Suure-Kopu_vallavalitsus, lk 19
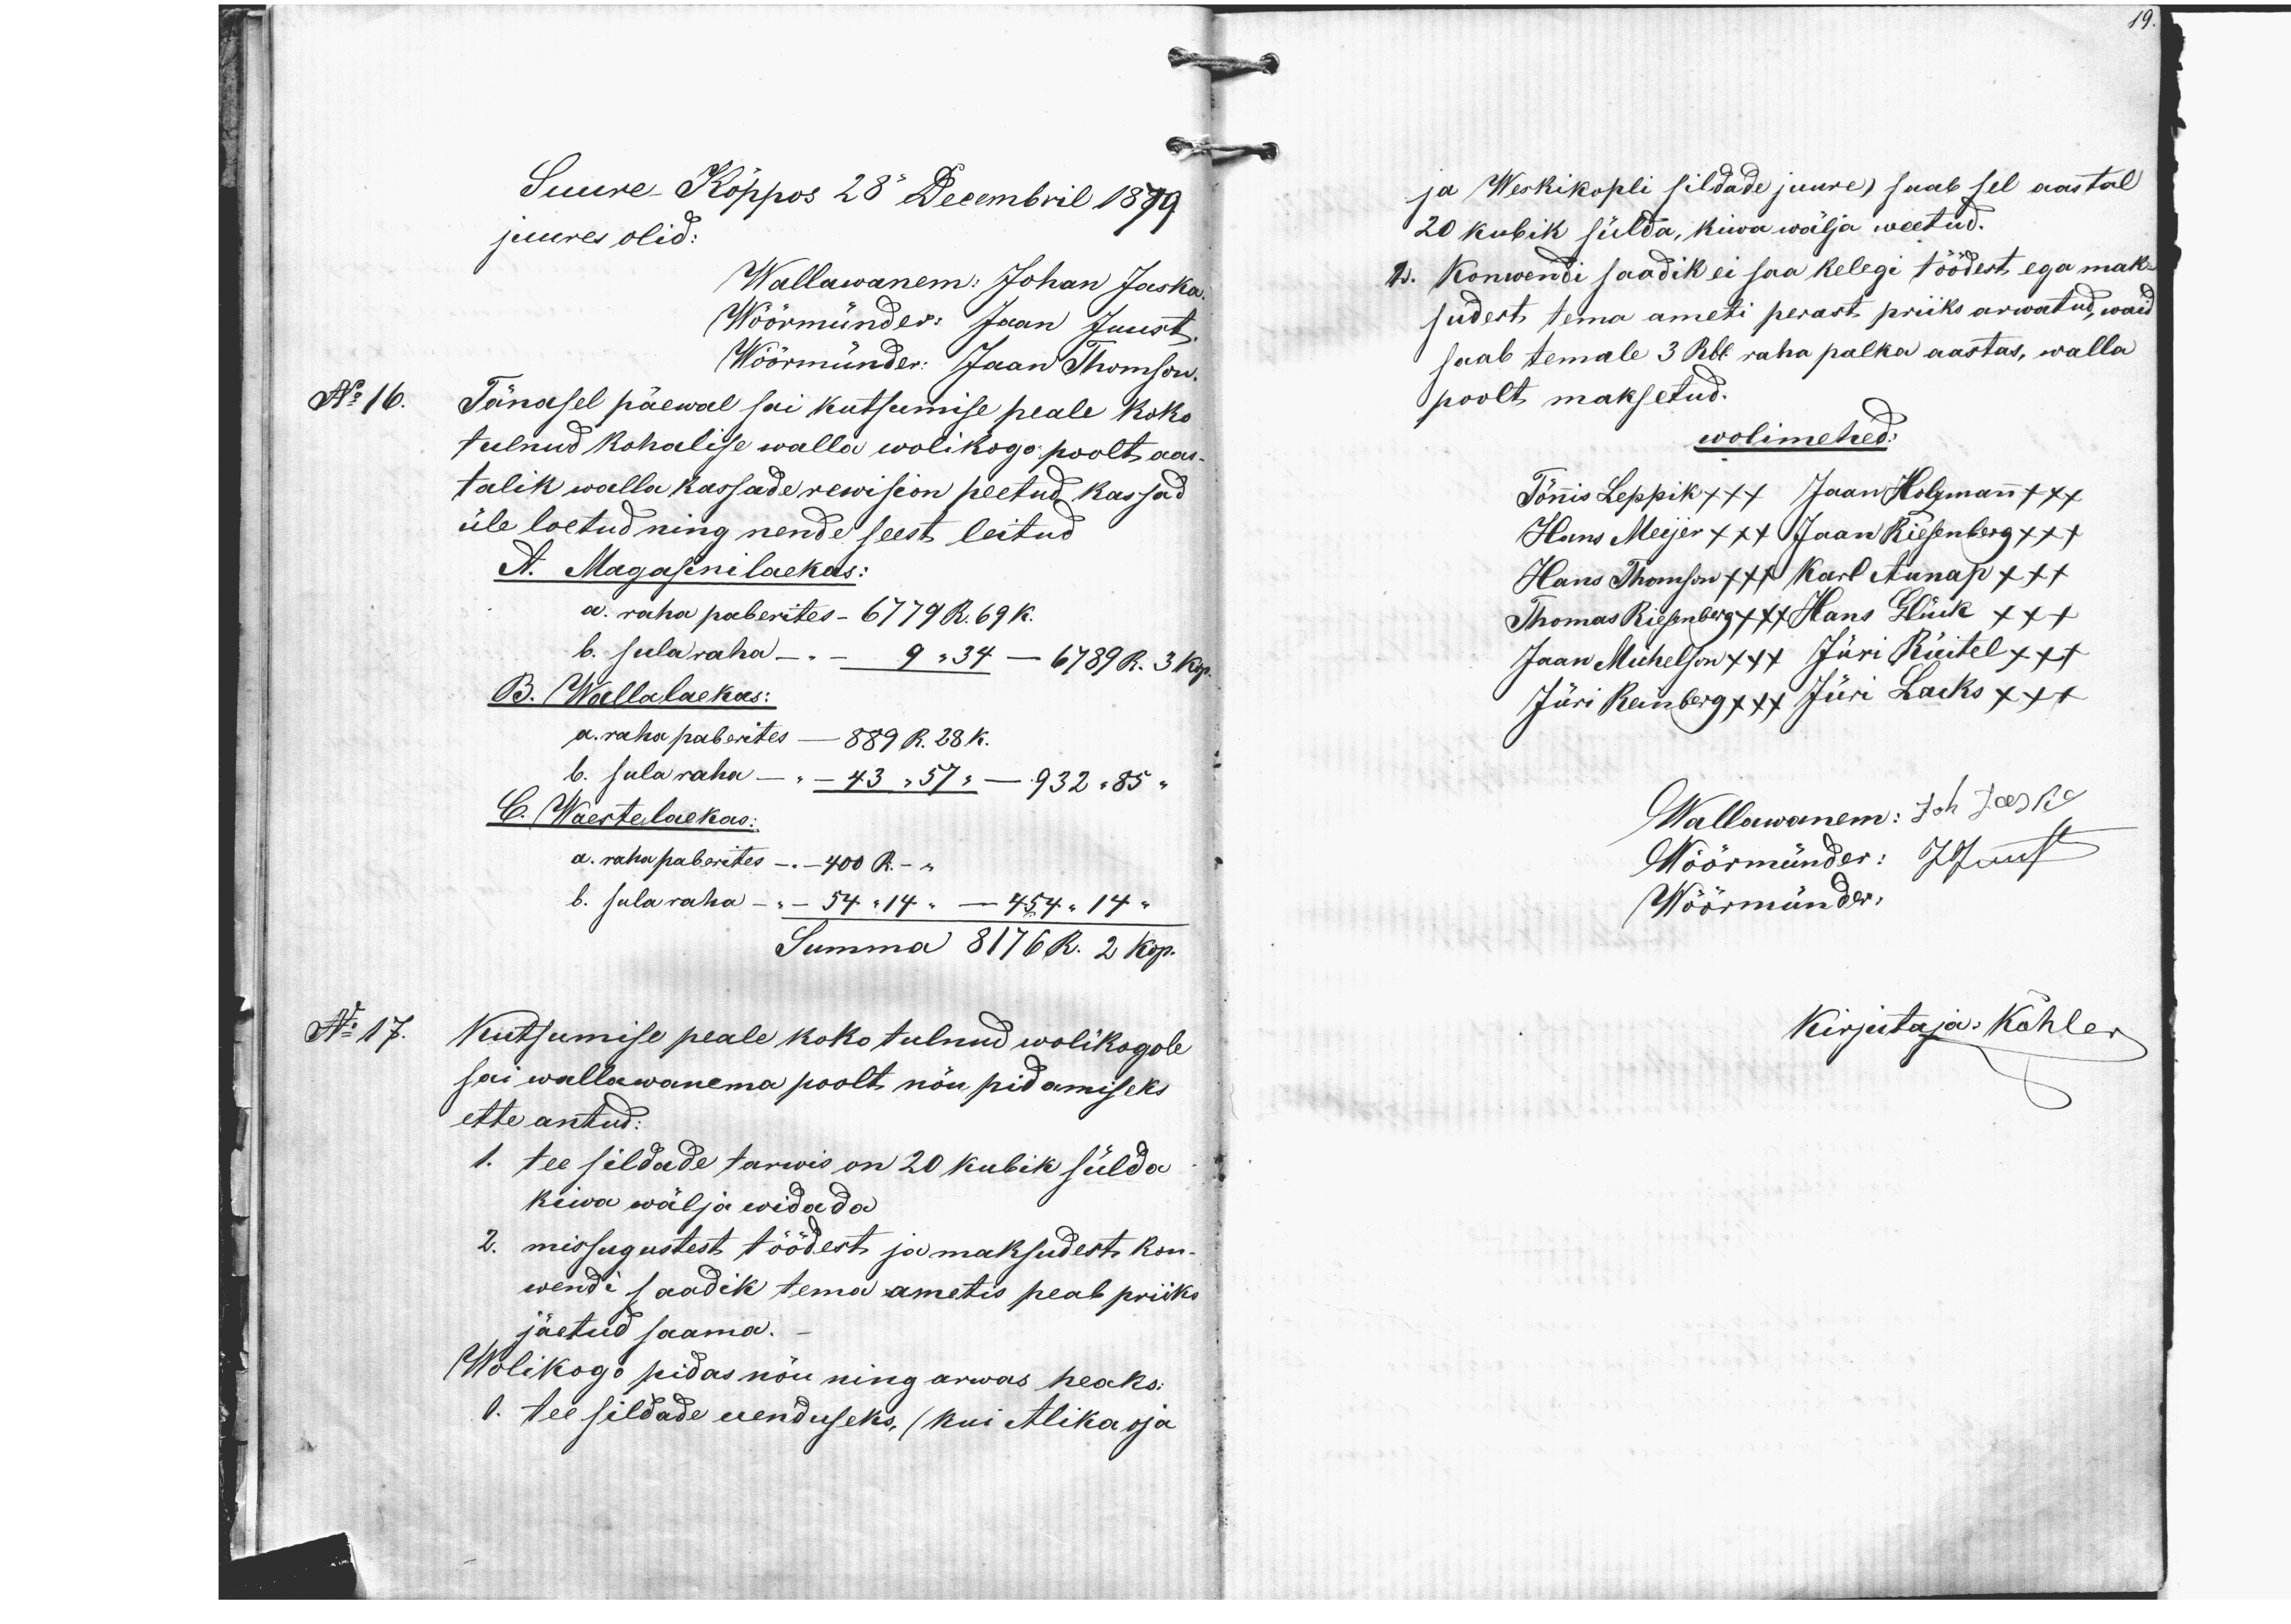
19.
Suure Kõppos 28 Decembril 1879.
juures olid:
Wallawanem: Johan Jaska
Wöörmünder Jaan Juust
Wöörmünder: Jaan Thomson.
Tänasel päewal sai kutsumise peale koko
tulnud kohalise walla wolikogo poolt aas-
talik walla kassade rewision peetud kassad
üle loetud ning nende seest leitud
A. Magasinilaekas:
a. raha paberites - 6779 R.69k.
b. sularaha - - 9 "34 - 6789 R. 3 kop.
B. Wallalaekas:
a. raha paberites - 889 R. 28 K.
b. sula raha. 43 "57" - 932 "85 "
6. Waestelaekas:
a. raha paberites - 400 R. -
b. sularaha - 54 "14 " - 454 " 14 "
Summa 8176R. 2 kop.
N: 17. Kutsumise peale koko tulnud wolikogole
sai wallawanema poolt nõu pidamiseks
ette antud:
1. tee sildade tarwis on 20 kubik sülda
kiwa wälja widada
2. missugustest töödest ja maksudest kon-
wendi saadik tema ametis peab priiks
jäetud saama.
Wolikogo pidas nõu ning arwas heaks:
1. tee sildade uenduseks, (kui Alika oja
ja Weskikopli sildade juure), saab sel aastal
20 kubik sülda, kiwa wälja weetud.
2. Konwendi saadik ei saa kelegi töödest ega mak-
sudest tema ameti perast priiks arwatud, waid
saab temale 3 Rbl raha palka aastas, walla
poolt maksetud.
No 16.
wolimehed:
Tõnnis Leppik xxx Jaan Holzmann xxx
Hans Meijer xxx Jaan Riesenberg xxx
Hans Thomson xxx Karl Aunap xxx
Thomas Riesenberg +x+ Hans Glück xx+
Jaan Michelson xxx Jüri Rüitel xxx
Jüri Reinberg xxx Jüri Lacks xxx
Wallawanem: Joh Jaska
Wöörmünder: J Juust
Wöörmünder:
Kirjutaja: Köhler